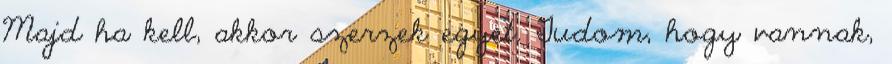
Majd ha kell, akkor szerzek egyet. Tudom, hogy vannak,